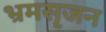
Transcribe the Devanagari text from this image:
भ्रमसृजन